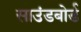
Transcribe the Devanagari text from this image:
साउंडबोर्ड